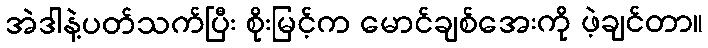
အဲဒါနဲ့ပတ်သက်ပြီး စိုးမြင့်က မောင်ချစ်အေးကို ဖဲ့ချင်တာ။